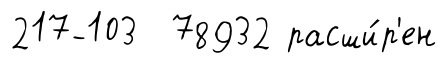
217-103 78932 расши́р'ен